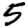
Digit: 5